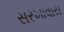
સરખાવાય